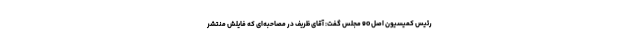
رئیس کمیسیون اصل 90 مجلس گفت:‌ آقای ظریف در مصاحبه‌ای که فایلش منتشر